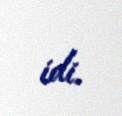
idi.